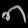
Digit: ၈